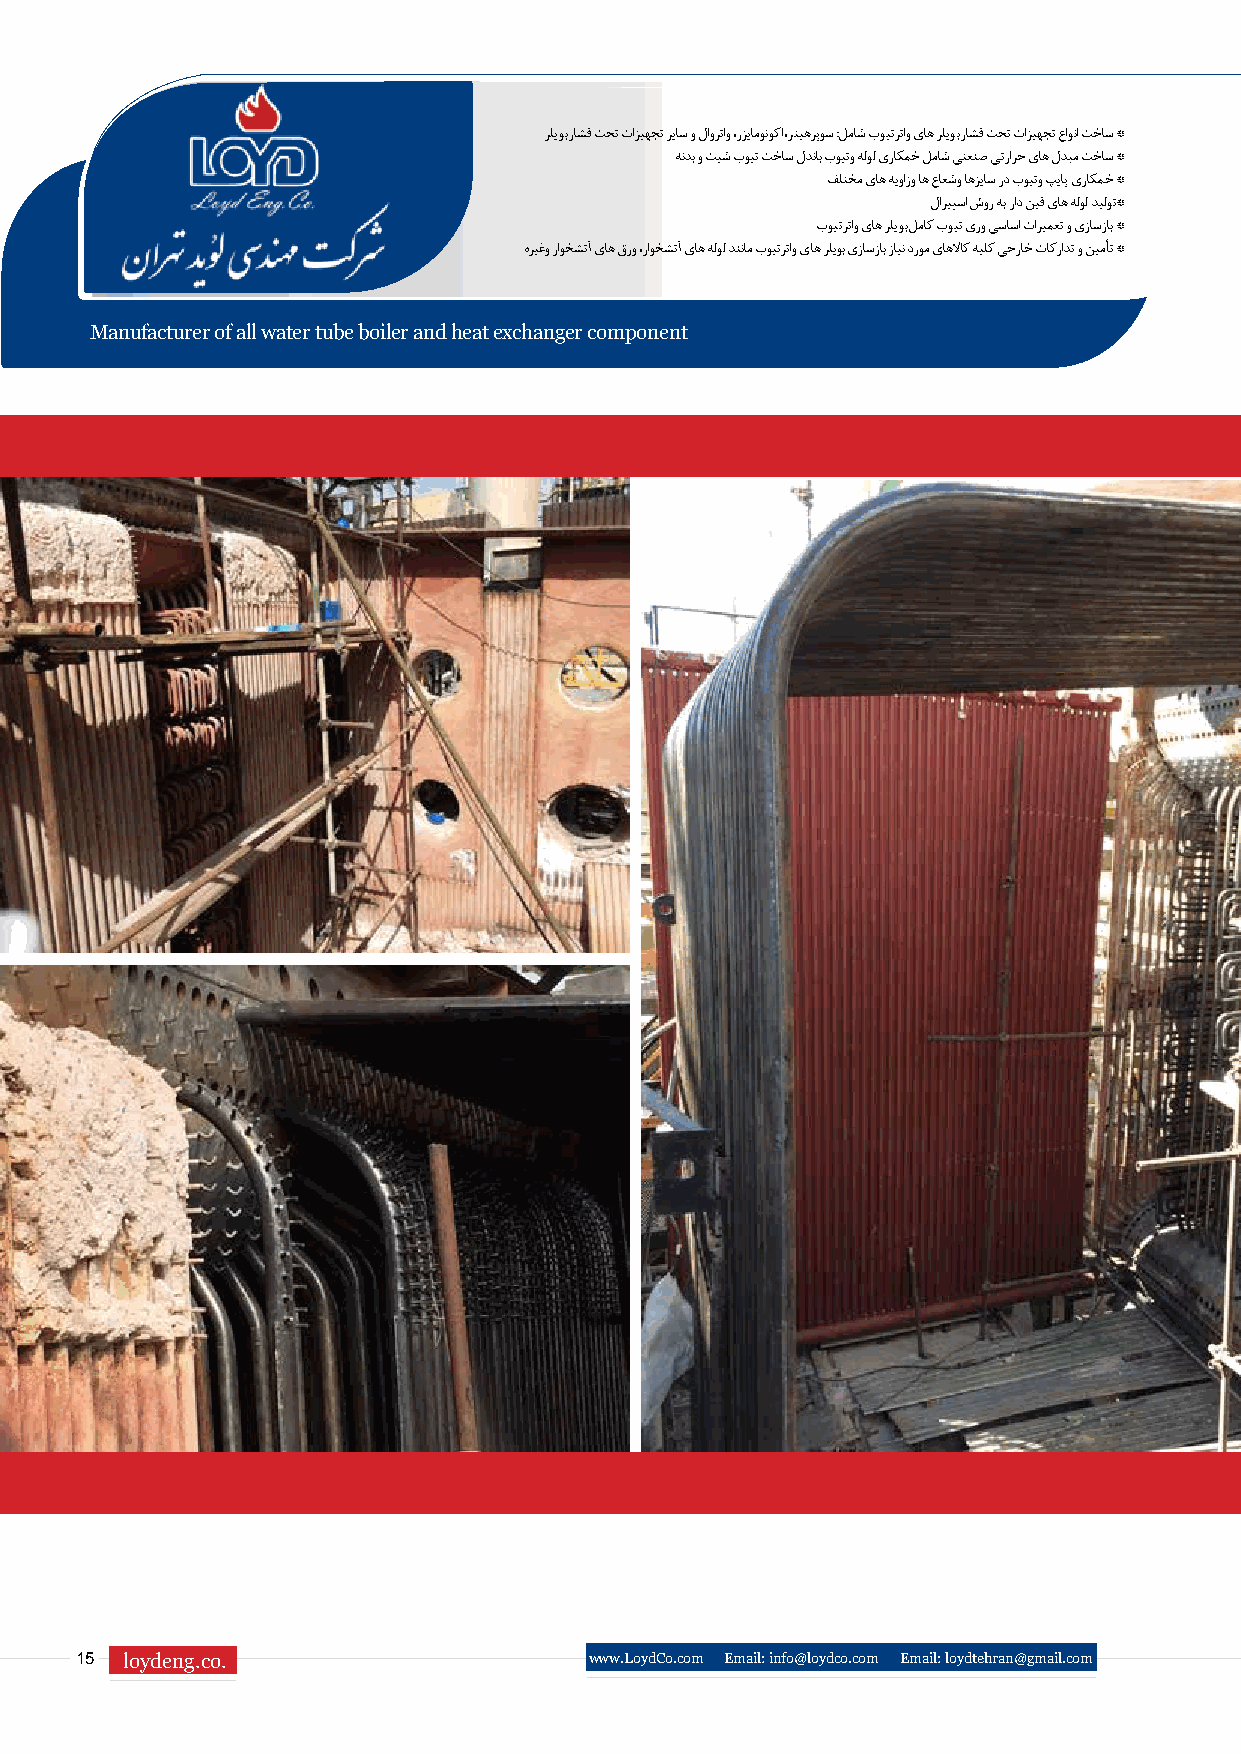
رلیوب راشف تحت تازیهجت ریاس و لاورتاو ،رزیامونوکا ،رتیهرپوس :لماش بویترتاو یاه رلیوب راشف تحت تازیهجت عاونا تخاس *
 هندب و تیش بویت تخاس لدناب بویتو هلول یراکمخ لماش یتعنص یترارح یاه لدبم تخاس *
 فلتخم یاه هیوازو اه عاعشو اهزیاس رد بویتو پیاپ یراکمخ *
 لاریپسا شور هب راد نیف یاه هلول دیلوت*
 بویترتاو یاه رلیوب لماک بویت یرو یساسا تاریمعت و یزاسزاب *
 هریغو راوخشتآ یاه قرو ،راوخشتآ یاه هلول دننام بویترتاو یاه رلیوب یزاسزاب زاین دروم یاهلااک هیلک یجراخ تاکرادت و نیمأت *
 Manufacturer of all water tube boiler and heat exchanger component
 15 loydeng.co.                    www.LoydCo.com Email: info@loydco.com Email: loydtehran@gmail.com